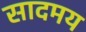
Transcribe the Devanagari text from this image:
सादमय